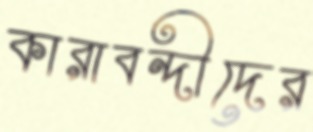
কারাবন্দীদের